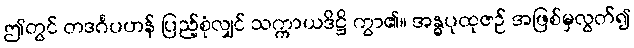
ဤတွင် တဒင်္ဂပဟန် ပြည့်စုံလျှင် သက္ကာယဒိဋ္ဌိ ကွာ၏။ အန္ဓပုထုဇဉ် အဖြစ်မှလွတ်၍